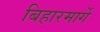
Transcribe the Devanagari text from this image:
बिहारमार्गे